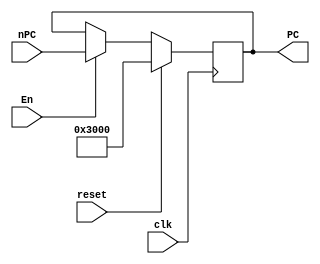
`timescale 1ns / 1ps
//////////////////////////////////////////////////////////////////////////////////
// Company: 
// Engineer: 
// 
// Design Name: 
// Module Name:    PC 
// Project Name: 
// Target Devices: 
// Tool versions: 
// Description: 
//
// Dependencies: 
//
// Revision: 
// Revision 0.01 - File Created
// Additional Comments: 
//
//////////////////////////////////////////////////////////////////////////////////
module pc(
	input clk,
	input reset,
	input En,
	input [31:0] nPC,
	output reg [31:0] PC
    );
	
	initial PC = 32'h00003000;
	
	always @(posedge clk) begin
		if (reset)
			PC = 32'h00003000;
		else if (En)
			PC = nPC;
	end
	
endmodule